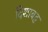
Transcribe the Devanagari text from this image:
दिशाबद्ध